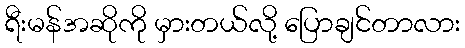
ရီးမန်အဆိုကို မှားတယ်လို့ ပြောချင်တာလား